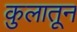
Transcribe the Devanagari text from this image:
कुलातून